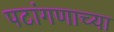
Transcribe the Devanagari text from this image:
पटांगणाच्या